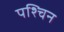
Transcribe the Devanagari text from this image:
पश्चिन